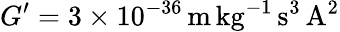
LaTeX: G^{\prime}=3\times 10^{-36}\, \mathrm{m}\, \mathrm{kg}^{-1}\, \mathrm{s}^{3}\, \mathrm{A}^{2}